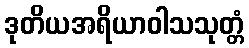
ဒုတိယအရိယာဝါသသုတ္တံ